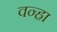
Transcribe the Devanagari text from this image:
वन्हा